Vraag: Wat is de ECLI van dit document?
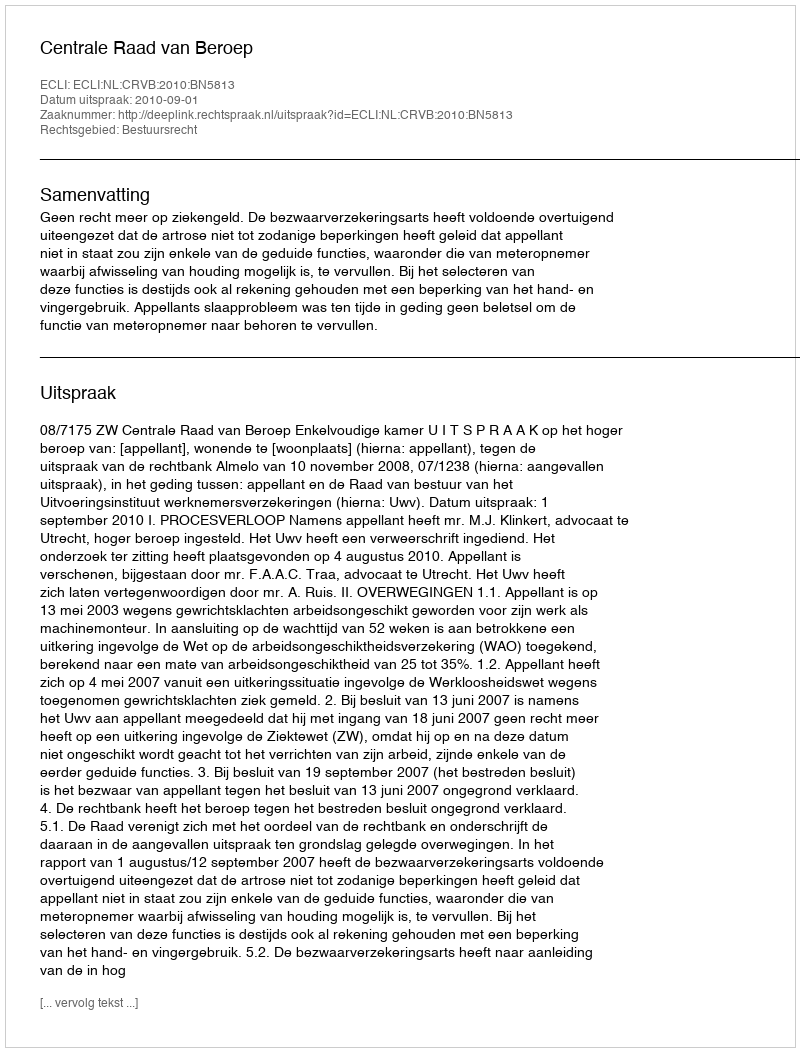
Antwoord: ECLI:NL:CRVB:2010:BN5813